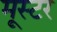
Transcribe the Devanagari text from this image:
मूस्टर